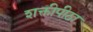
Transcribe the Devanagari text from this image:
शक्तीपीठा